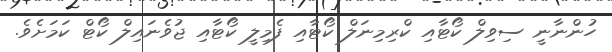
ހުންނާނީ ސިވިލް ކޯޓާއި ކްރިމިނަލް ކޯޓާއި ފެމިލީ ކޯޓާއި ޖުވެނައިލް ކޯޓް ކަމަށެވެ.